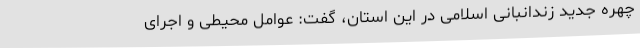
چهره جدید زندانبانی اسلامی در این استان، گفت: عوامل محیطی و اجرای